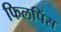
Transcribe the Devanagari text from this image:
फिलपिंस